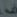
في